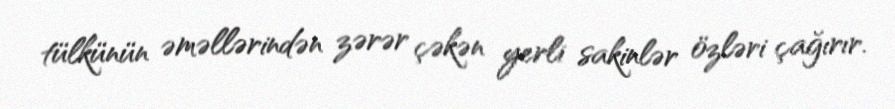
tülkünün əməllərindən zərər çəkən yerli sakinlər özləri çağırır.